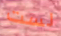
لست